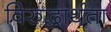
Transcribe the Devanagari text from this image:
विरुद्धार्थता